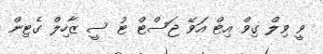
ވީ ވިލް ގިވް އިޓް އަވޭ ޖަސްޓް ޓު ސީ ޒާހިލް ގެޓިން